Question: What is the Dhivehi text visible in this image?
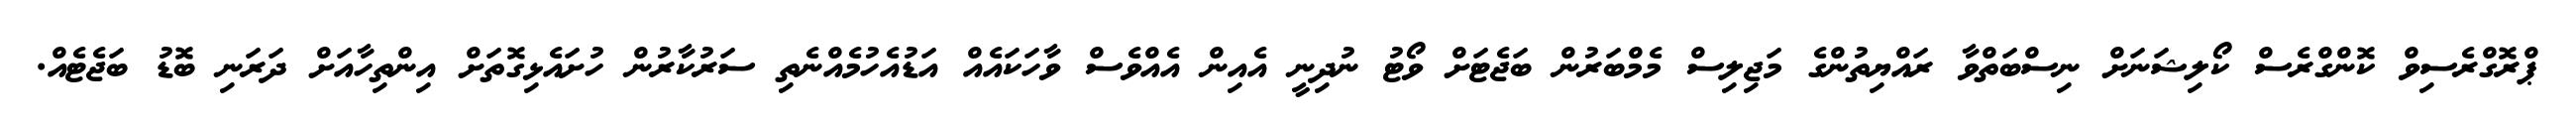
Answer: ޕްރޮގްރެސިވް ކޮންގްރެސް ކޯލިޝަނަށް ނިސްބަތްވާ ރައްޔިތުންގެ މަޖިލިސް މެމްބަރުން ބަޖެޓަށް ވޯޓު ނުދިނީ އެއިން އެއްވެސް ވާހަކައެއް އަޑުއެހުމެއްނެތި ސަރުކާރުން ހުށައެޅިގޮތަށް އިންތިހާއަށް ދަރަނި ބޮޑު ބަޖެޓެއް.